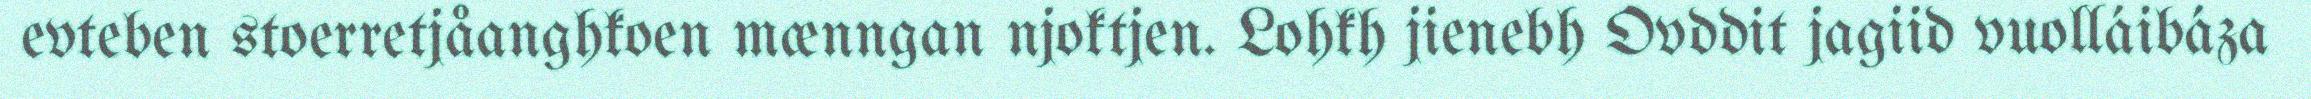
evteben stoerretjåanghkoen mænngan njoktjen. Lohkh jienebh Ovddit jagiid vuolláibáza